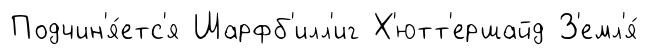
Подчин'я́етс'я Шарфб'илл'иг Х'ютт'ершайд З'емл'я́